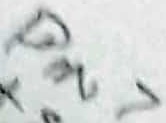
Text: PIN7